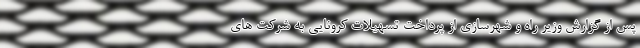
پس از گزارش وزیر راه و شهرسازی از پرداخت تسهیلات کرونایی به شرکت های